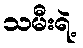
သမီးရဲ့